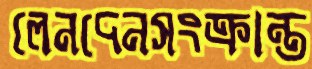
লেনদেনসংক্রান্ত